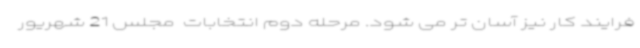
فرایند کار نیز آسان تر می شود. مرحله دوم انتخابات  مجلس 21 شهریور